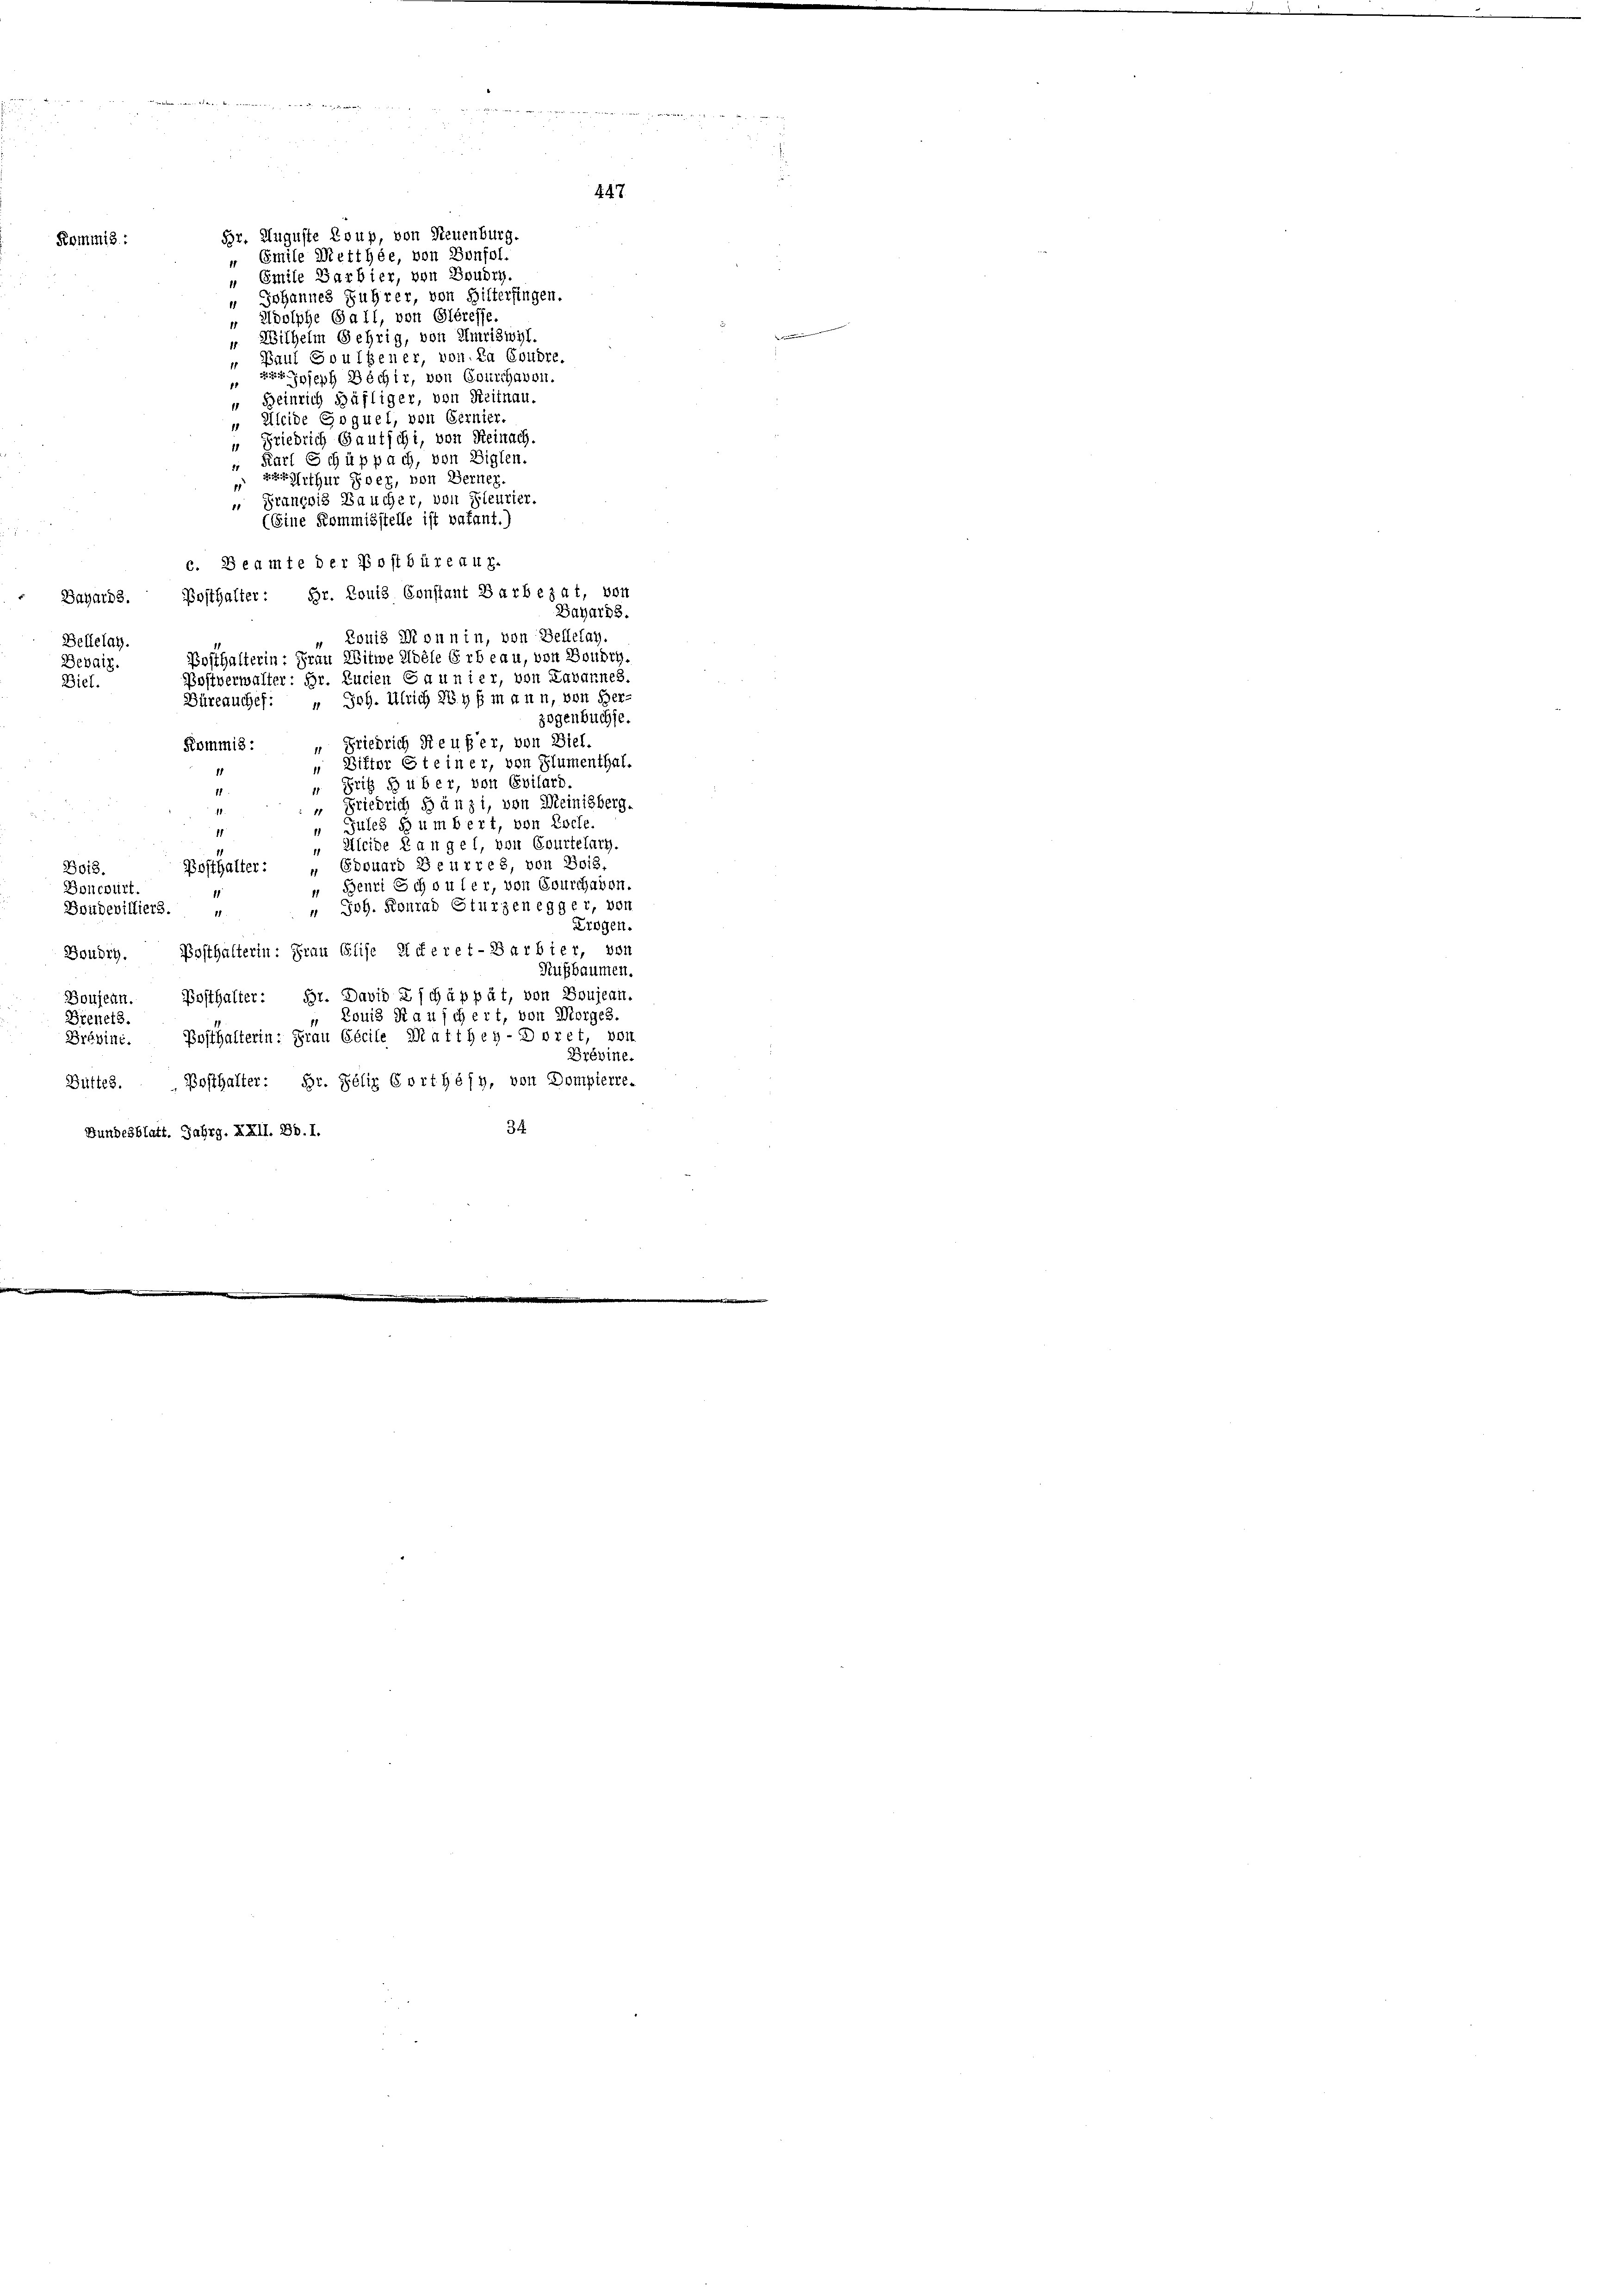
“ Heinrich Häfliger, von Reitnau.
" Kleide Goquel, von Gernier.
“ Friedrich Gautschi, von Reinach.
" Karl Schüppach, von Biglen.
" Peterthur Foer, von Berner.
" François Baucher, von Pleurier.
(Eine Kommisstelle ist vakant.)
c. Beamte der Postbüreaux.
Dagaris. Posthalter: Hr. Louis Constant Barbezat, von
Dahards.
 Louis Monnin, von Bellelag.
Bellelay.
Posthalterin: Frau Witwe Ziele Erb eau, von Boudry
Devaiz.
Postverwalter: Hr. Kurien Gaunier, von Labannes.
Diel.
Büreauchef: „ Joh. Ulrich 289 f mann, von Her-
zogenbuchse
Kommis: „Friedrich Reufer, von Biel.
 Ditter Steiner, von Blumenthal.
“ Fritz S uber, von Epilars
“ Friedrich Bänzi, von Meinisberg.
.
Jules so umbert, von Esele.
1
Kleide Langel, von Courtelary
11
" Edouard Beurtes, von Bois,
Bosthalter:
Bo18.
 Beurt Schouler, von Bourchaben.
Doncbirt.
11
" Joh. Konrad Sturzenegger, von
Boidewilliers.
rogen.
Boudig. Bosthalterin: Frau Elise Referet-Barbier, von
Rußbaumen.
Boujean. Posthalter: Hr. David Zschäppät, von Soujean-
Louis Stauschert, von Morges.
Bienets.
Bosthalterin: Frau Cécile Marthey-Doret, von
Brébini.
Brévine.
Butter. Posthalter: Hr. Felix Eorthéfy, von Dompterre-
34.
Bundesblatt. Jahrg. XXII. Bd. 1.

Kommis :

Br. Auguste Loup, von Neuenburg.
" Emile Metthée, von Bonfol.
Smite Barbier, von Boudry-
1
 Johannes Fuhrer, von Bitterfingen.
" Adolphe Gall, von Gléresse.
". Wilhelm Gehrig, von Umriswyl.
" Paul Soulsener, von. Da Gondre.
r Joseph Déchir, von Courchavon.

447.